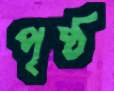
পৃষ্ঠ